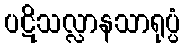
ပဋိသလ္လာနသာရုပ္ပံ